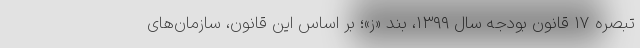
تبصره ۱۷ قانون بودجه سال ۱۳۹۹، بند «ز»؛ بر اساس این قانون، سازمان‌های